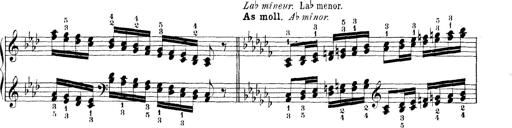
Title: Technische Studien
Composer: Franz Liszt